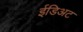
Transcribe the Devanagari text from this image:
ईडिअट